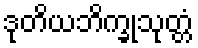
ဒုတိယဘိက္ခုသုတ္တံ